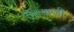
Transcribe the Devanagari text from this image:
सहयाजी